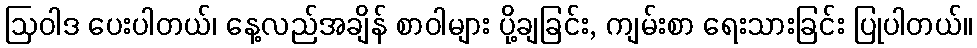
ဩဝါဒ ပေးပါတယ်၊ နေ့လည်အချိန် စာဝါများ ပို့ချခြင်း, ကျမ်းစာ ရေးသားခြင်း ပြုပါတယ်။